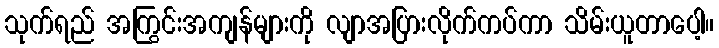
သုက်ရည် အကြွင်းအကျန်များကို လျာအပြားလိုက်ကပ်ကာ သိမ်းယူတာပေါ့။